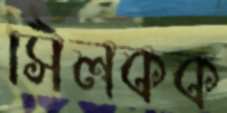
সিলকক